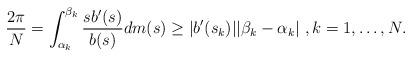
LaTeX: \begin{align*} \frac{2\pi}{N}=\int_{\alpha_k}^{\beta_k}\frac{sb'(s)}{b(s)}dm(s)\geq |b'(s_k)||\beta_k-\alpha_k|\ , k=1, \ldots, N . \end{align*}